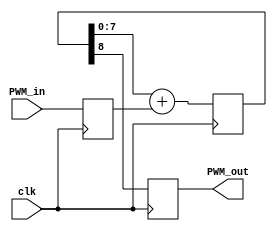
module ds8dac1(clk, PWM_in, PWM_out);
input clk;
input [7:0] PWM_in;
output reg PWM_out;
reg [8:0] PWM_accumulator;

reg [7:0] PWM_add;

initial
begin
	PWM_accumulator <= 0;
	PWM_add <=0;
end

always @(posedge clk) begin
	PWM_accumulator <= PWM_accumulator[7:0] + PWM_add;
	PWM_add <= PWM_in;
end

always @(negedge clk) begin
	PWM_out <= PWM_accumulator[8];
end

endmodule

/*
// Delta-Sigma DAC
module ds8dac1(clk, DACin, DACout);
output DACout; // This is the average output that feeds low pass filter
reg DACout; // for optimum performance, ensure that this ff is in IOB
input [7:0] DACin; // DAC input 
input clk;
reg [9:0] DeltaAdder; // Output of Delta adder
reg [9:0] SigmaAdder; // Output of Sigma adder
reg [9:0] SigmaLatch; // Latches output of Sigma adder
reg [9:0] DeltaB; // B input of Delta adder

initial
begin
  DeltaAdder = 10'd0;
  SigmaAdder = 10'd0;
  SigmaLatch = 10'd0;
  DeltaB = 10'd0;
end

always @(SigmaLatch) DeltaB = {SigmaLatch[9], SigmaLatch[9]} << (8);
always @(DACin or DeltaB) DeltaAdder = DACin + DeltaB;
always @(DeltaAdder or SigmaLatch) SigmaAdder = DeltaAdder + SigmaLatch;

always @(posedge clk)
begin
  SigmaLatch <= SigmaAdder;
  DACout <=  SigmaLatch[9];
end

endmodule*/